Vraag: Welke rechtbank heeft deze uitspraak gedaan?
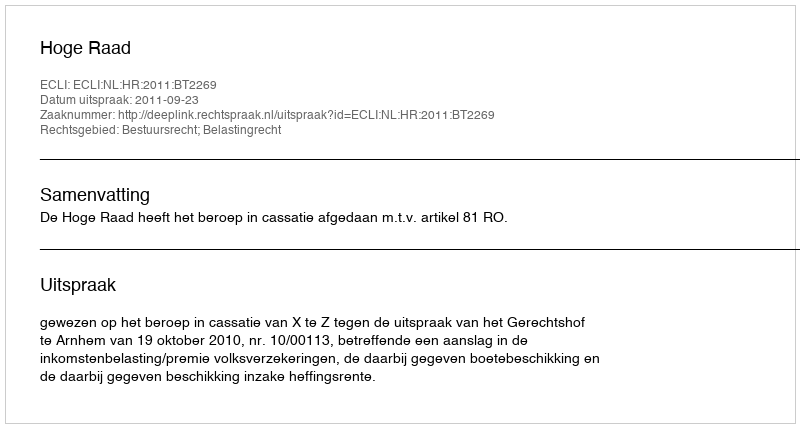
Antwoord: Hoge Raad